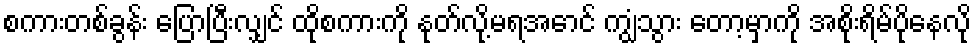
စကားတစ်ခွန်း ပြောပြီးလျှင် ထိုစကားကို နုတ်လို့မရအောင် ကျွံသွား တော့မှာကို အစိုးရိမ်ပိုနေလို